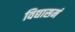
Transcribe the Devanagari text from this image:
विद्यासमं